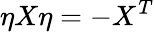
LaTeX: \eta X\eta=-X^{T}